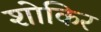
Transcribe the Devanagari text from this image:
शोकिर